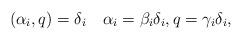
LaTeX: \begin{align*}(\alpha_i,q)=\delta_i\quad\alpha_i=\beta_i \delta_i,q=\gamma_i\delta_i,\end{align*}